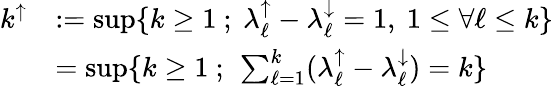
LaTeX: \begin{array}{rl}{k^{\uparrow}}&{:=\operatorname*{sup}\{ k\ge 1\ ;\ \lambda_{\ell}^{\uparrow}-\lambda_{\ell}^{\downarrow}=1,\ 1\le\forall\ell\le k\} }\\ &{=\operatorname*{sup}\{ k\ge 1\ ;\ \sum_{\ell=1}^{k}(\lambda_{\ell}^{\uparrow}-\lambda_{\ell}^{\downarrow})=k\} }\end{array}